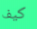
كيف